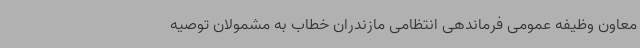
معاون وظیفه عمومی فرماندهی انتظامی مازندران خطاب به مشمولان توصیه